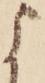
よ